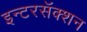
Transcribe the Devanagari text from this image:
इन्टरसॅक्शन